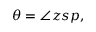
\theta = \angle z s p ,